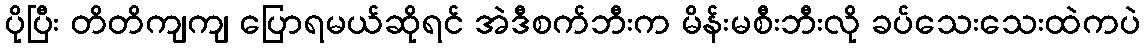
ပိုပြီး တိတိကျကျ ပြောရမယ်ဆိုရင် အဲဒီစက်ဘီးက မိန်းမစီးဘီးလို ခပ်သေးသေးထဲကပဲ